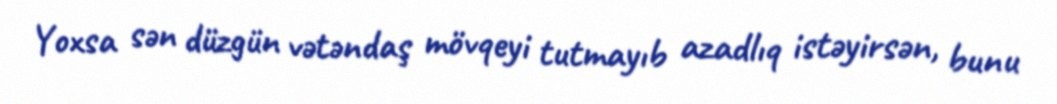
Yoxsa sən düzgün vətəndaş mövqeyi tutmayıb azadlıq istəyirsən, bunu